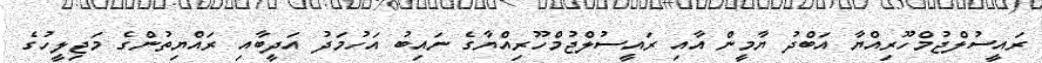
ރައީސުލްޖުމްހޫރިއްޔާ އަބްދު ޔާމީން އާއި ރައީސުލްޖުމްހޫރިއްޔާގެ ނައިބު އަހުމަދު އަދީބާއި ރައްޔިތުންގެ މަޖިލީހުގެ